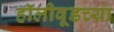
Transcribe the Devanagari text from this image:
हॉलीवूडच्या